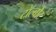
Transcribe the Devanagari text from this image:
टॉल्बोट